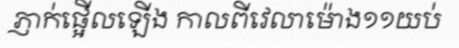
ភ្ញាក់ផ្អើលឡើង កាលពីវេលាម៉ោង១១យប់